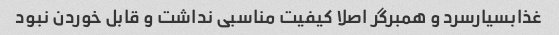
غذابسیارسرد و همبرگر اصلا کیفیت مناسبی نداشت و قابل خوردن نبود